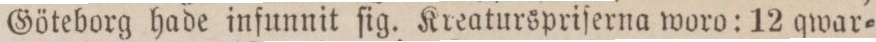
Göteborg hade infunnit ſig. Kreaturspriſerna woro: 12 qwar=